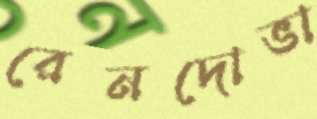
রেনদোভা